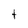
Character: t